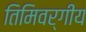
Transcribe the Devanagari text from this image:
तिमिवर्गीय